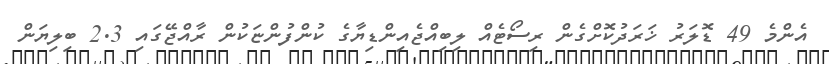
އެންމެ 49 ޑޮލަރު ޚަރަދުކޮށްގެން ރިސޯޓެއް ލިބިއްޖެއިންޑިޔާގެ ކުންފުންޏަކުން ރާއްޖޭގައި 2.3 ބިލިޔަން